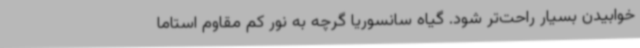
خوابیدن بسیار راحت‌تر شود. گیاه سانسوریا گرچه به نور کم مقاوم استاما